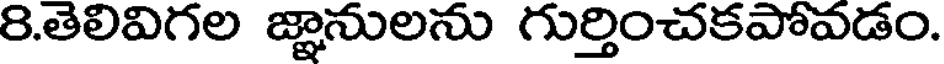
8.తెలివిగల జ్ఞానులను గుర్తించకపోవడం.